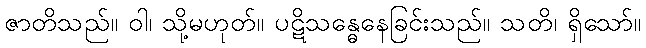
ဇာတိသည်။ ဝါ၊ သို့မဟုတ်။ ပဋိသန္ဓေနေခြင်းသည်။ သတိ၊ ရှိသော်။